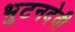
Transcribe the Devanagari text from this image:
भुटनदेवी